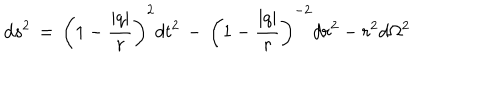
d s ^ { 2 } \, = \, \left( 1 - \frac { | q | } { r } \right) ^ { 2 } d t ^ { 2 } \, - \, \left( 1 - \frac { | q | } { r } \right) ^ { - 2 } d r ^ { 2 } - r ^ { 2 } d \Omega ^ { 2 }